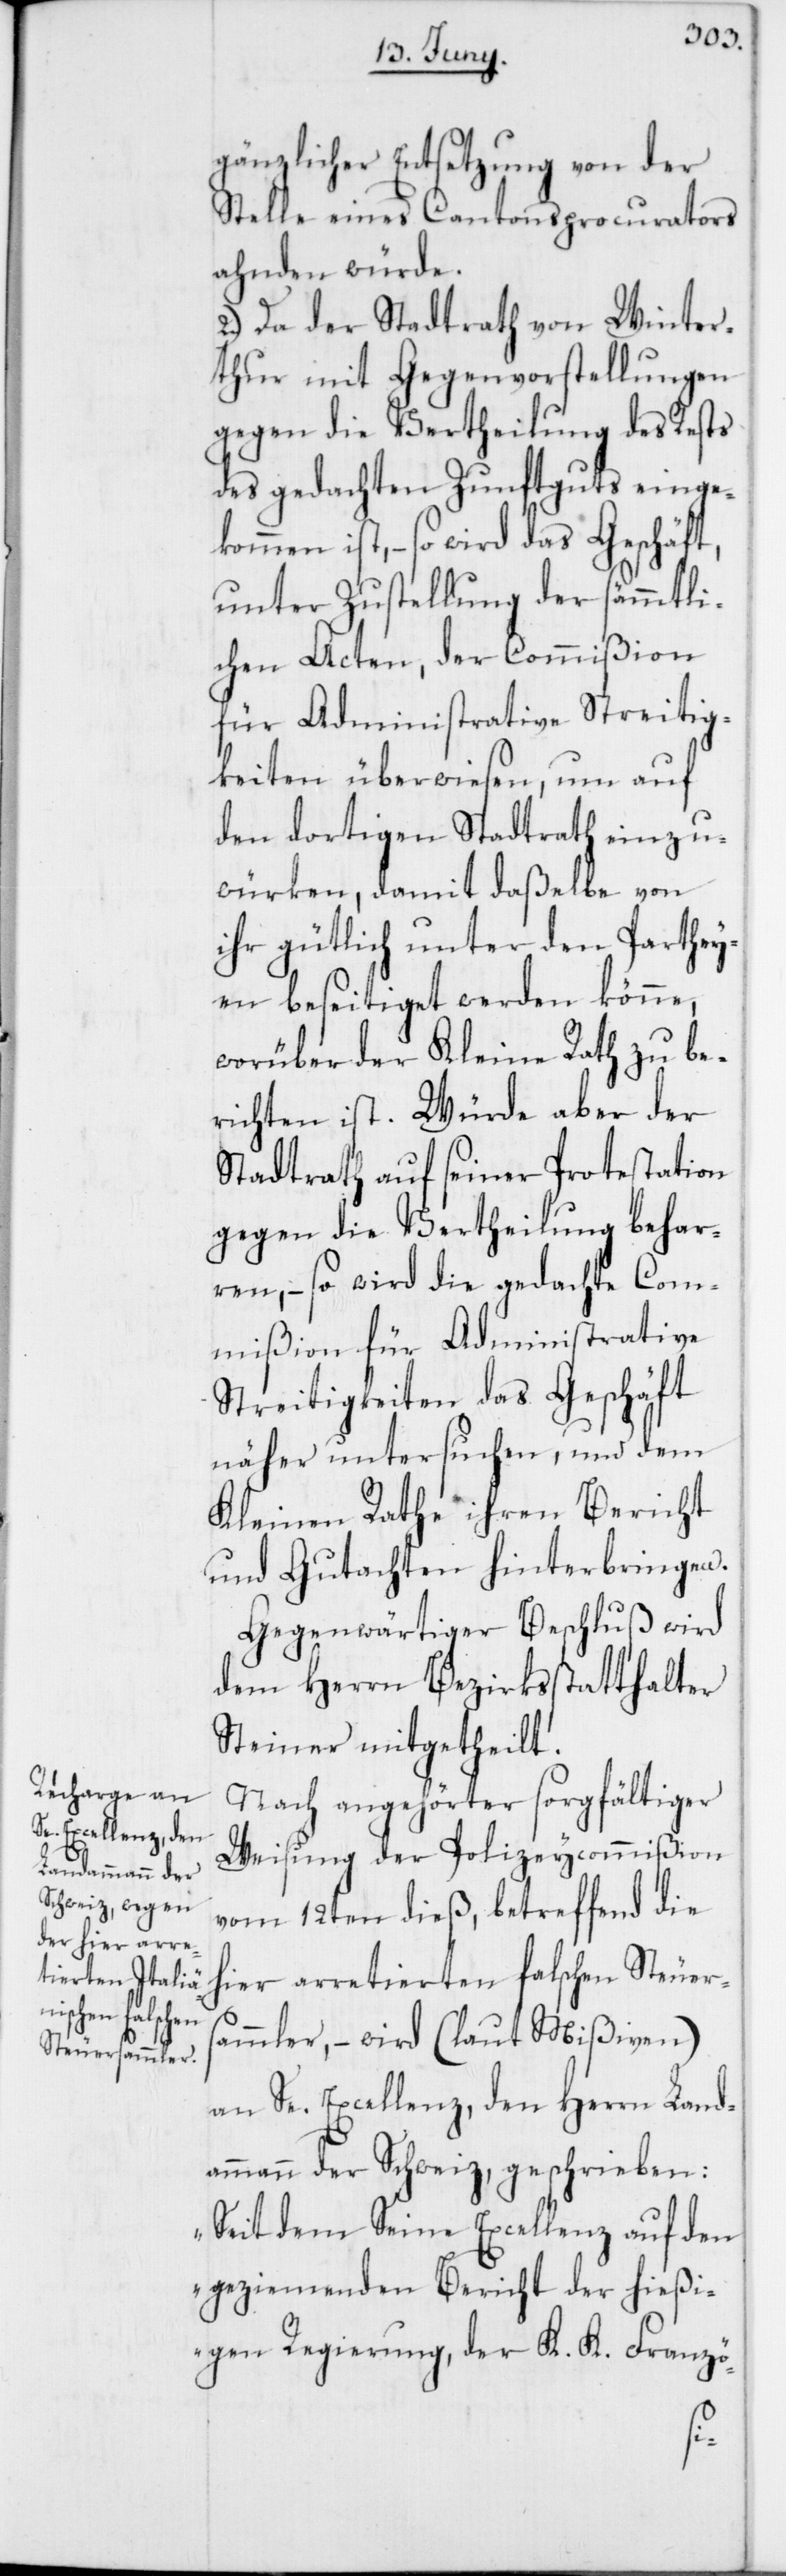
gänzlicher Entsetzung von der
Stelle eines Cantonsprocurators
ahnden würde.
2.) Da der Stadtrath von Winter¬
thur mit Gegenvorstellungen
gegen die Vertheilung des Rests
des gedachten Zunftguts einge¬
kommen ist, – so wird das Geschäft,
unter Zustellung der sämmtli¬
chen Acten, der Commißion
für Administrative Streitig¬
keiten überwiesen, um auf
den dortigen Stadtrath einzu¬
würken, damit daßelbe von
ihr gütlich unter den Parthey¬
en beseitiget werden könne,
worüber der Kleine Rath zu be¬
richten ist. Würde aber der
Stadtrath auf seiner Protestation
gegen die Vertheilung behar¬
ren, – so wird die gedachte Com¬
mißion für Administrative
Streitigkeiten das Geschäft
näher untersuchen, und dem
Kleinen Rathe ihren Bericht
und Gutachten hinterbringen.
Gegenwärtiger Beschluß wird
dem Herrn Bezirksstatthalter
Steiner mitgetheilt.
Nach angehörter sorgfältiger
Weisung der Polizeycommißion
vom 12ten dieß, betreffend die
hier arretierten falschen Steuers¬
ammler, – wird (laut Mißiven)
an Se. Excellenz, den Herrn Land¬
ammann der Schweiz, geschrieben:
„Seit dem Seine Excellenz auf den
geziemenden Bericht der hießi¬
gen Regierung, der K. K. Franzö-